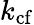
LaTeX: k_{\mathrm{cf}}